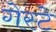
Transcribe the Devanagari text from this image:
गेस्टे